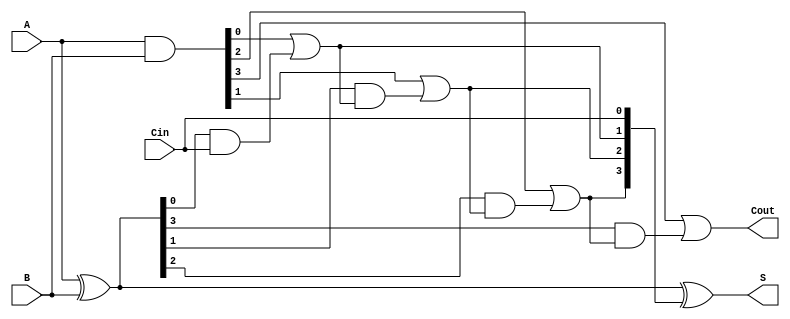
module ling_adder #(parameter N = 4) (
    input  [N-1:0] A,      // First n-bit input
    input  [N-1:0] B,      // Second n-bit input
    input         Cin,      // Carry-in
    output [N-1:0] S,      // Sum output
    output        Cout      // Carry-out
);

    wire [N-1:0] G;        // Generate signals
    wire [N-1:0] P;        // Propagate signals
    wire [N:0] C;          // Carry signals (C[0] is Cin)

    // Generate and Propagate calculations
    assign G = A & B;                  // G[i] = A[i] AND B[i]
    assign P = A ^ B;                  // P[i] = A[i] XOR B[i]

    // Carry calculations
    assign C[0] = Cin;                 // C[0] = Cin
    genvar i;
    generate
        for (i = 0; i < N; i = i + 1) begin : carry_calc
            if (i == 0) begin
                assign C[i + 1] = G[i] | (P[i] & C[i]); // C[i+1] = G[i] + P[i] * C[i]
            end else begin
                assign C[i + 1] = G[i] | (P[i] & C[i]); // C[i+1] = G[i] + P[i] * C[i]
            end
        end
    endgenerate

    // Sum calculations
    assign S = A ^ B ^ C[N-1:0]; // S[i] = A[i] XOR B[i] XOR C[i]

    // Final carry-out
    assign Cout = C[N]; // Cout = C[n]

endmodule